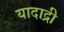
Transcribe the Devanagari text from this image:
यादाद्री